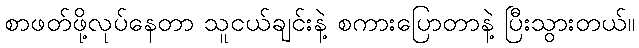
စာဖတ်ဖို့လုပ်နေတာ သူငယ်ချင်းနဲ့ စကားပြောတာနဲ့ ပြီးသွားတယ်။